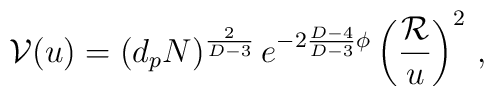
{\cal V}(u)=(d_p N)^{2 \over D-3}\, e^{-2 {D-4 \over D-3} \phi} \left( {{\cal R} \over u} \right)^2 \, ,